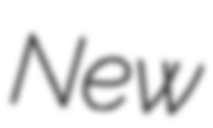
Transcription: New